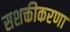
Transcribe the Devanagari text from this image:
सशक्तीकरणा